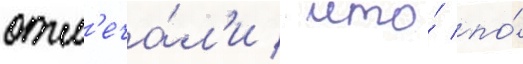
отм'еча́л'и / что́ по́